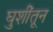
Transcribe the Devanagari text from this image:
घुशींतून